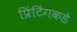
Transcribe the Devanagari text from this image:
प्रिंटिंगकडे